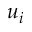
u _ { i }